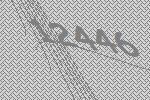
12446